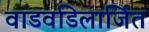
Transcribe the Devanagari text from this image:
वाडवडिलार्जित